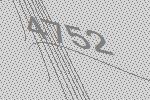
4752